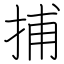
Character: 捕